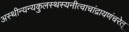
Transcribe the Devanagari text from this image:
अस्थीन्यन्यकुलस्थस्यनीत्वाचांद्रायणंचरेत्